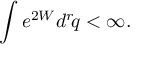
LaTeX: \int e ^ { 2 W } d ^ { r } \! q < \infty .